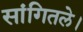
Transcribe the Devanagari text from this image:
सांगितले।